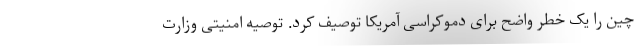
چین را یک خطر واضح برای دموکراسی آمریکا توصیف کرد. توصیه امنیتی وزارت